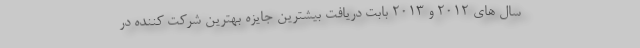
سال های 2012 و 2013 بابت دریافت بیشترین جایزه بهترین شرکت کننده در